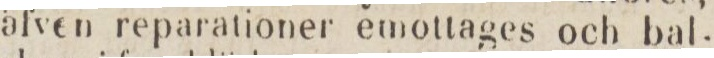
äfven reparationer emottages och bal-